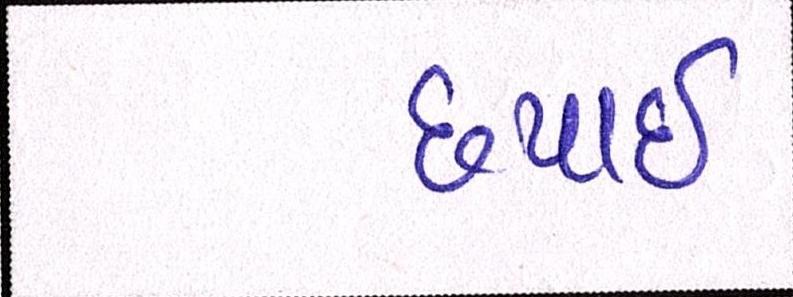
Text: છપાઈ